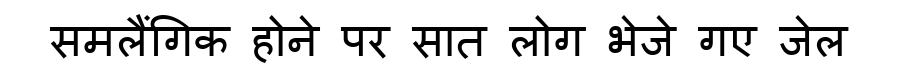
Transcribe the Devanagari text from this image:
समलैंगिक होने पर सात लोग भेजे गए जेल